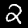
Digit: 2